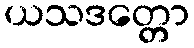
ယသဒတ္တော